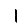
Digit: 1